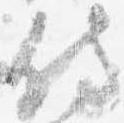
侍